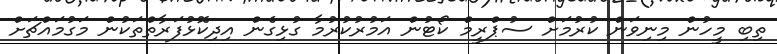
ތިބި މީހުން މިނިވަން ކުރުމަށް ސުޕްރީމް ކޯޓުން އަމުރުކުރުމާ ގުޅިގެން އިދިކޮޅުފަރާތްތަކުން މަގުމައްޗަށް